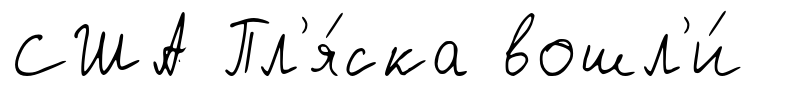
США Пл'я́ска вошл'и́